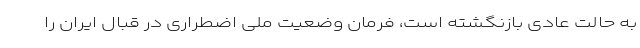
به حالت عادی بازنگشته است، فرمان وضعیت ملی اضطراری در قبال ایران را